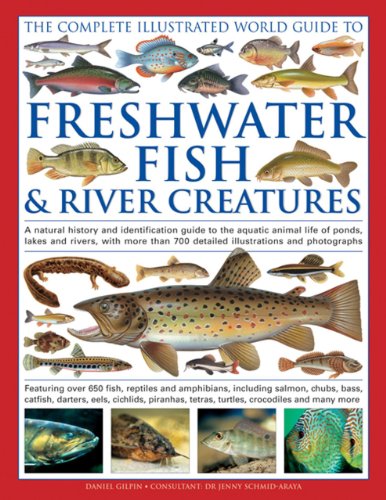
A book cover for The Complete Illustrated World Guide to Freshwater Fish & River Creatures: A Natural History And Identification Guide To The Aquatic Animal Life Of ... 700 Detailed Illustrations And Photographs; Daniel Gilpin; Science & Math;